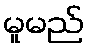
မူမည်